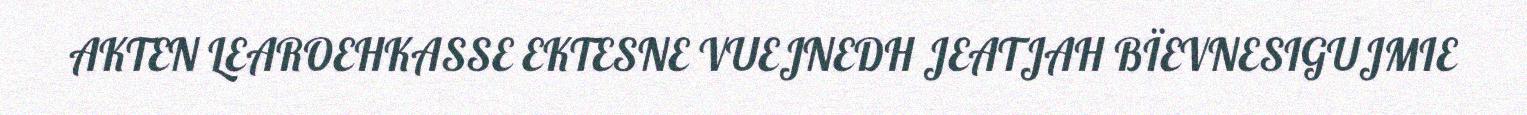
AKTEN LEAROEHKASSE EKTESNE VUEJNEDH JEATJAH BÏEVNESIGUJMIE